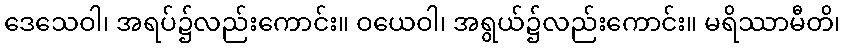
ဒေသေဝါ၊ အရပ်၌လည်းကောင်း။ ဝယေဝါ၊ အရွယ်၌လည်းကောင်း။ မရိဿာမီတိ၊